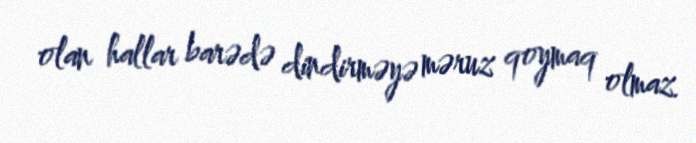
olan hallar barədə dindirməyə məruz qoymaq olmaz.